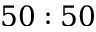
5 0 : 5 0